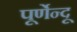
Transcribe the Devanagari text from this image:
पूर्णेन्दू